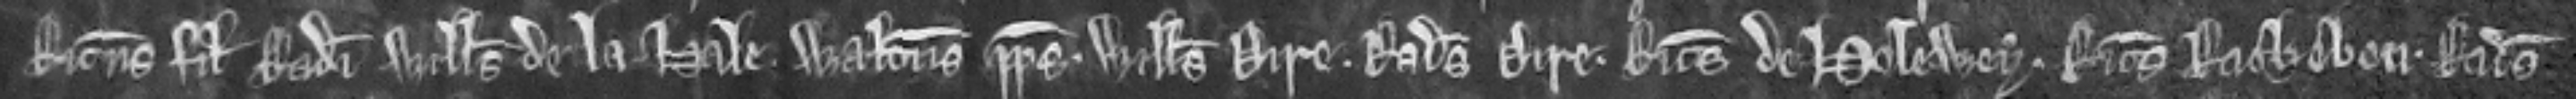
Ricardus filius Radulfi Willelmus de la Hale Walterus prepositus Willelmus Dire. Radulfus Dire Ricardus de Holewey. Ricardus Rathebon. Radulfus